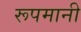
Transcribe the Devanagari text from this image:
रूपमानी